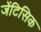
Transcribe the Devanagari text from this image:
जेंटिसिक